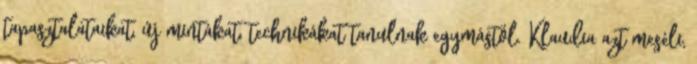
tapasztalataikat, új mintákat, technikákat tanulnak egymástól. Klaudia azt meséli,